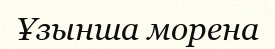
Ұзынша морена